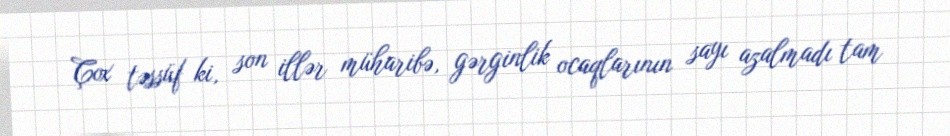
Çox təssüf ki, son illər müharibə, gərginlik ocaqlarının sayı azalmadı tam